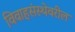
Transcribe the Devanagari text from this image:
विवाहसंस्थेवरील